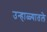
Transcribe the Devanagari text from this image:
उन्हाळ्यातले